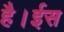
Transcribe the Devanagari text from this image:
है।ईस